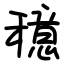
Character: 𫁈